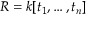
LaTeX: R = k [ t _ { 1 } , \ldots , t _ { n } ]